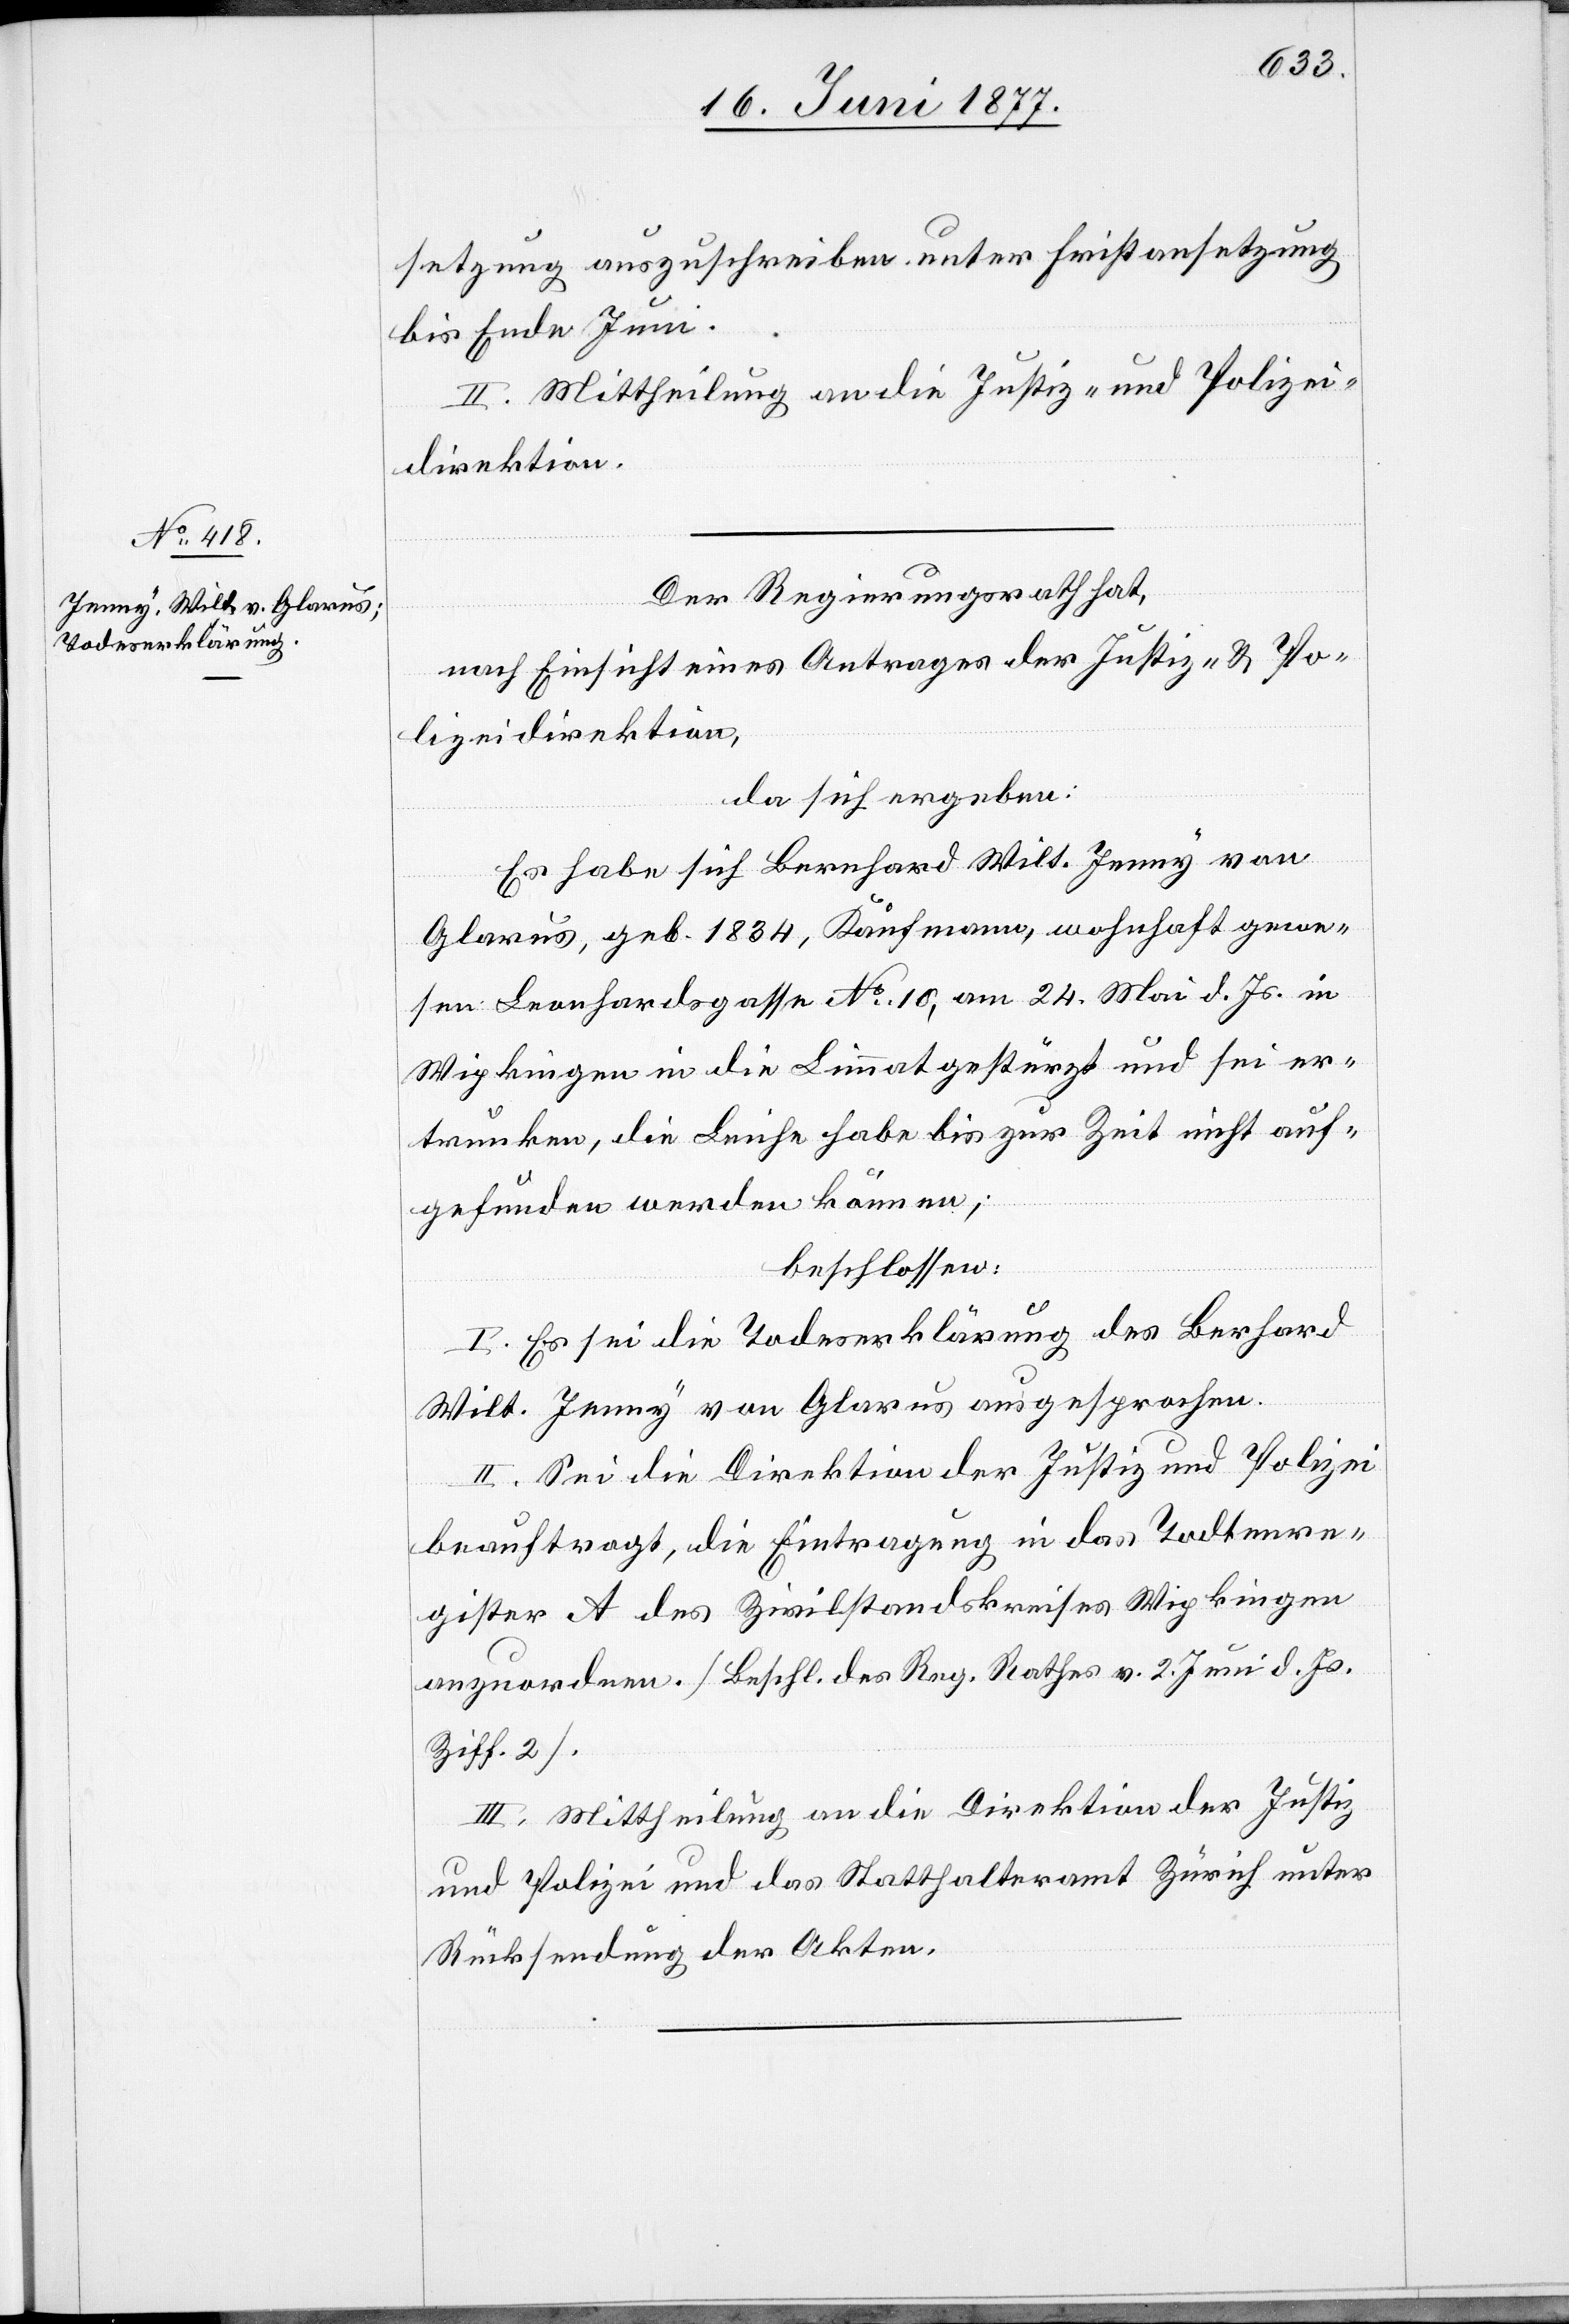
setzung auszuschreiben unter Fristansetzung
bis Ende Juni.
II. Mittheilung an die Justiz- und Polizei¬
direktion.
Der Regierungsrath hat,
nach Einsicht eines Antrages der Justiz- & Po¬
lizeidirektion,
da sich ergeben:
Es habe sich Bernhard Wilt. Jenny von
Glarus, geb. 1834, Kaufmann, wohnhaft gewe¬
sen Leonhardsgasse No 10, am 24. Mai d. Js. in
Wipkingen in die Limmat gestürzt und sei er¬
trunken, die Leiche habe bis zur Zeit nicht auf¬
gefunden werden können;
beschlossen:
I. Es sei die Todeserklärung des Bernhard
Wilt. Jenny von Glarus ausgesprochen.
II. Sei die Direktion der Justiz und Polizei
beauftragt, die Eintragung in das Todtenre¬
gister A des Zivilstandskreises Wipkingen
anzuordnen. [Beschl. des Reg. Rathes v. 2. Juni d. Js.
Ziff. 2].
III. Mittheilung an die Direktion der Justiz
und Polizei und das Statthalteramt Zürich unter
Rücksendung der Akten.